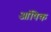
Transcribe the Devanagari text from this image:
आंषिक